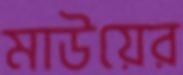
মাউয়ের